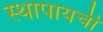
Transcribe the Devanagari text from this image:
स्थापायची